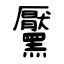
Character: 黶